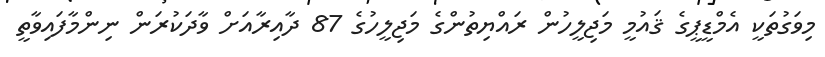
މިވަގުތަކީ އެމްޑީޕީގެ ޤައުމީ މަޖިލީހުން ރައްޔިތުންގެ މަޖިލީހުގެ 87 ދާއިރާއަށް ވާދަކުރަން ނިންމާފައިވާތީ